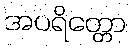
အပရိတ္တော